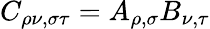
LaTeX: C_{\rho\nu,\sigma\tau}=A_{\rho,\sigma}B_{\nu,\tau}